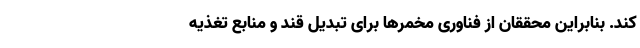
کند. بنابراین محققان از فناوریِ مخمرها برای تبدیل قند و منابع تغذیه